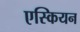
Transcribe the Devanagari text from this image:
एस्कियन